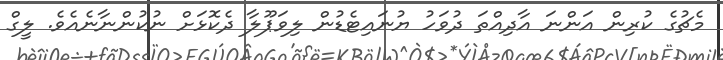
މެޗުގެ ކުރިން އަންނަ އާދިއްތަ ދުވަހު ޔުނައިޓެޑުން ލިވަޕޫލާ ދެކޮޅަށް ނުކުންނާނެއެވެ. ލީގް